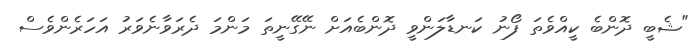
"ޝެބީ ދޮންބެ ކީއްވެތަ ފޯނު ކަނޑާލަންވީ ދޮންބެއަށް ނޭގޭނީތަ މަންމަ ދެރަވާނެވަރު އަހަރެންވެސް